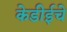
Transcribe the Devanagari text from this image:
केडीईचे